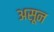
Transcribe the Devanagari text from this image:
असून